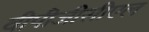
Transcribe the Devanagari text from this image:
वीपीजीसीएल